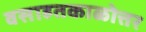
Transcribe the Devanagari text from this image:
वसाहतकाळोत्तर